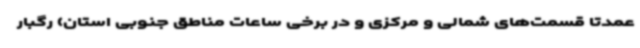
عمدتاً قسمت‌های شمالی و مرکزی و در برخی ساعات مناطق جنوبی استان) رگبار